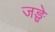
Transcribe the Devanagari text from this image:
जङ्घे